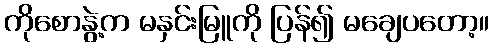
ကိုစောနွဲ့က မနှင်းမြူကို ပြန်၍ မချေပတော့။